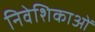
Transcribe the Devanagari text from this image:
निवेशिकाओं